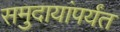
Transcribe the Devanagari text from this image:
समुदायांपर्यंत